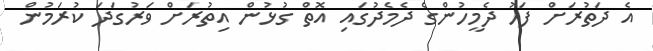
އެ ދަތުރަށް ފަހު ދެމީހުންގެ ދެމެދުގައި އޮތް ގުޅުން އިތުރަށް ވަރުގަދަ ކުރަމުން